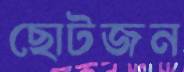
ছোটজন